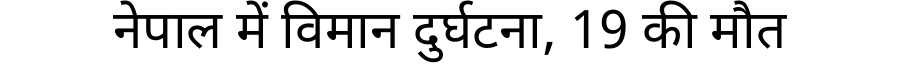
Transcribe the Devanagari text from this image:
नेपाल में विमान दुर्घटना, 19 की मौत